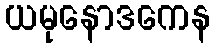
ယမုနောဒကေန